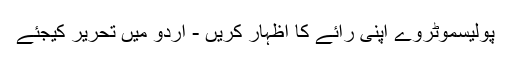
پولیسموٹروے اپنی رائے کا اظہار کریں - اُردو میں تحریر کیجئے